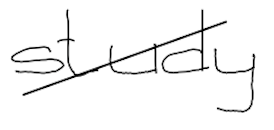
Text: study
Cross-out: diagonal
Writing tool: digital_black